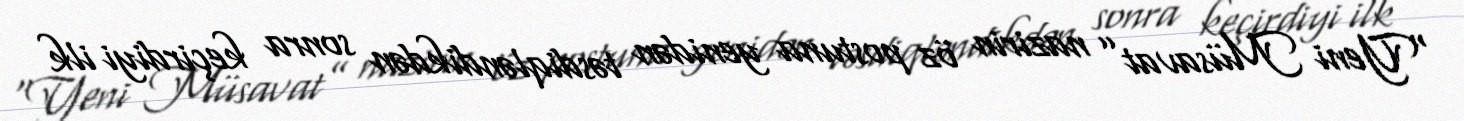
“Yeni Müsavat” nazirin öz postuna yenidən təsdiqləndikdən sonra keçirdiyi ilk